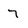
Character: 7